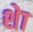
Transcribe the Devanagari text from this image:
शेा